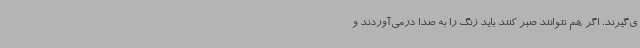
ی‌گیرند. اگر هم نتوانند صبر کنند باید زنگ را به صدا درمی‌آوردند و